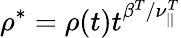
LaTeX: \rho^{*}=\rho(t)t^{\beta^{T}/\nu_{||}^{T}}